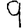
Digit: 9